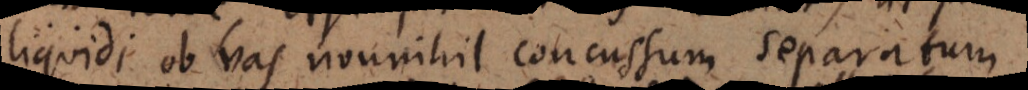
liquidi ob vas nonnihil concussum separatum